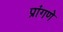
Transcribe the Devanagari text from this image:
प्रांगणे